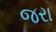
જરા